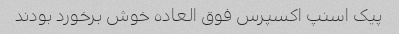
پیک اسنپ اکسپرس فوق العاده خوش برخورد بودند